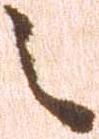
之